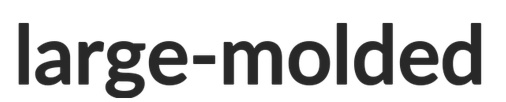
large-molded